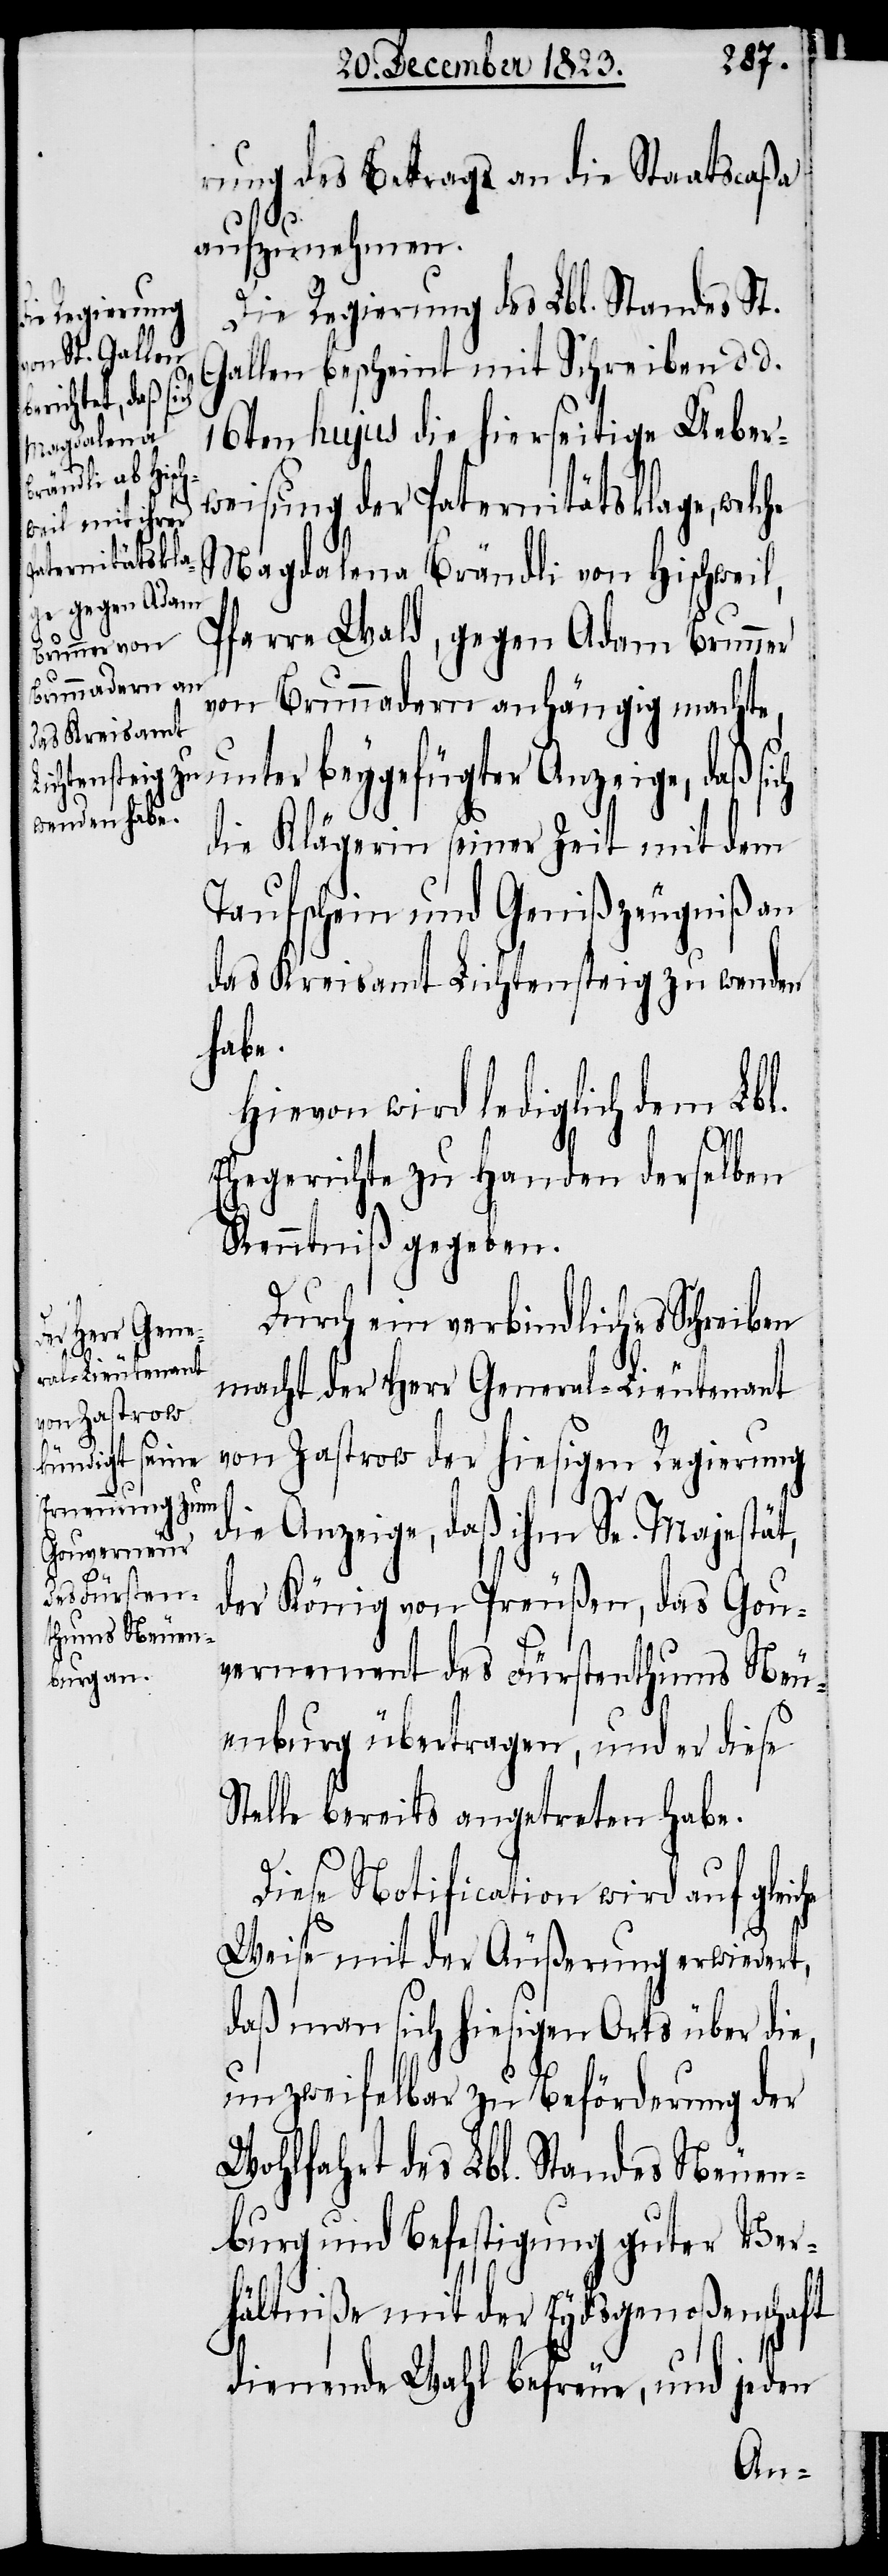
rung des Betrags an die Staatscaßa
aufzunehmen.
he
Die Regierung des Lbl. Standes St.
Gallen bescheint mit Schreiben d. d.
16ten hujus die hierseitige Ueber¬
weisung der Paternitätsklage, welche
Magdalena Brändli von Hischweil,
Pfarre Wald, gegen Adam Brunner
von Brunnadern anhängig machte,
unter beygefügter Anzeige, daß sich
die Klägerin seiner Zeit mit dem
Taufschein und Genißzeugniß an
das Kreisamt Lichtensteig zu wenden
habe.
Hievon wird lediglich dem Lbl.
Ehegerichte zu Handen derselben
Kenntniß gegeben.
Durch ein verbindliches Schreiben
macht der Herr General-Lieutenant
von Zastrow der hiesigen Regierung
die Anzeige, daß ihm Se. Majestät,
der König von Preußen, das Gou¬
vernement des Fürstenthums Neu¬
enburg übertragen, und er diese
Stelle bereits angetreten habe.
Diese Notification wird auf gleic¬
Weise mit der Äußerung erwiedert,
daß man sich hiesigen Orts über die,
unzweifelbar zu Beförderung der
Wohlfahrt des Lbl. Standes Neuen¬
burg und Befestigung guter Ver¬
hältniße mit der Eydsgenoßenschaft
dienende Wahl befreue, und jeden